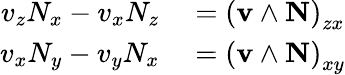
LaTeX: \begin{array}{rl}{v_{z}N_{x}-v_{x}N_{z}}&{{}=\left(\mathbf{v}\wedge\mathbf{N}\right)_{zx}}\\ {v_{x}N_{y}-v_{y}N_{x}}&{{}=\left(\mathbf{v}\wedge\mathbf{N}\right)_{xy}}\end{array}